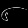
Digit: ၆